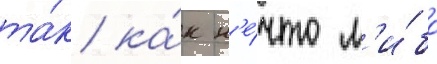
та́к ка́к н'е́что л'и́бо